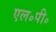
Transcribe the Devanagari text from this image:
एल॰पी॰